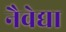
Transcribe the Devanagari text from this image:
नैवेद्या